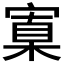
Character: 𡩼